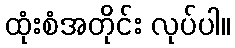
ထုံးစံအတိုင်း လုပ်ပါ။